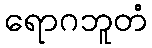
ရောဂဘူတံ